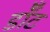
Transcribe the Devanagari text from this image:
डॉँट